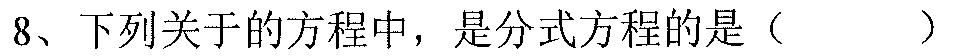
8、下列关于的方程中，是分式方程的是（  ）